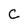
Character: C